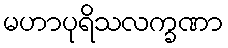
မဟာပုရိသလက္ခဏာ